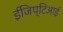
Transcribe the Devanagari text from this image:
ईजिप्टिआई